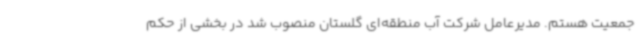
جمعیت هستم. مدیرعامل شرکت آب منطقه‌ای گلستان منصوب شد در بخشی از حکم